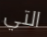
التي